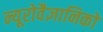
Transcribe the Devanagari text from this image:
न्यूरोवैज्ञानिकों